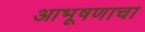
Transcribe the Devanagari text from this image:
आभूषणाचा